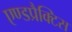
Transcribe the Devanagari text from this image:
एण्डप्रैक्टिस